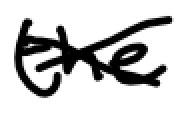
Text: the
Cross-out: cross
Writing tool: digital_black